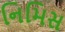
નિમિસ